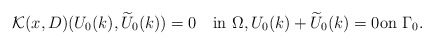
\begin{align*}\mathcal K(x,D)(U_{0}(k),\widetilde U_{0}(k))=0\quad\mbox{in}\,\,\Omega,U_{0}(k)+\widetilde U_{0}(k)=0\mbox{on}\,\,\Gamma_0.\end{align*}